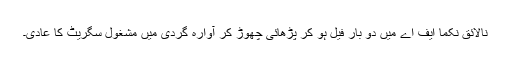
نالائق نکما ایف اے میں دو بار فیل ہو کر پڑھائی چھوڑ کر آوارہ گردی میں مشغول سگریٹ کا عادی۔